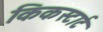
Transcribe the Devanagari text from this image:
किकस्टार्ट